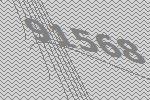
91568